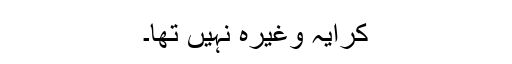
کرایہ وغیرہ نہیں تھا۔